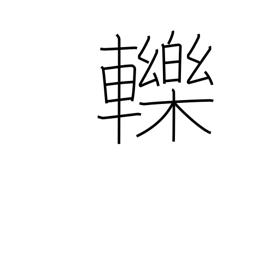
Meaning: run over